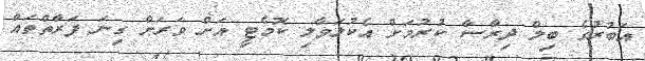
އަބުރުގެ ބިލް ދިރާސާ ކުރުމަށް އެކުލަވާލި ކޮމެޓީ އަށް ވަރަށް ގިނަ ފަރާތްތައް